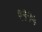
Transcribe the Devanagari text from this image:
९११५